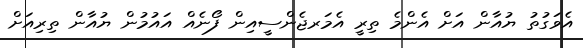
އެވަގުތު ޔުއާން އަށް އެންމެ ތިރީ އެމަރޖެންސީއިން ފޯނެއް އައުމުން ޔުއާން ތިރިއަށް